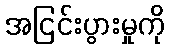
အငြင်းပွားမှုကို